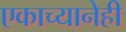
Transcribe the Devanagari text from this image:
एकाच्यानेही